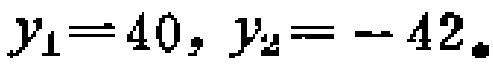
$y_{1}=40, y_{2}=-42.$